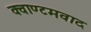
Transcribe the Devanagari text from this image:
क्वाण्टमवाद